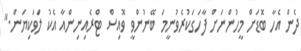
ދެން އެހާ ބޮޑަށް މީހުންނަށް ފާހަގަކުރެވުނީމަ ބޭނުންވީ ވޮއިސް ޓްރެއިނިންއާ އެކު ލަވަކިޔަން."